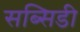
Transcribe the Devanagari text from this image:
सब्‍सिडी